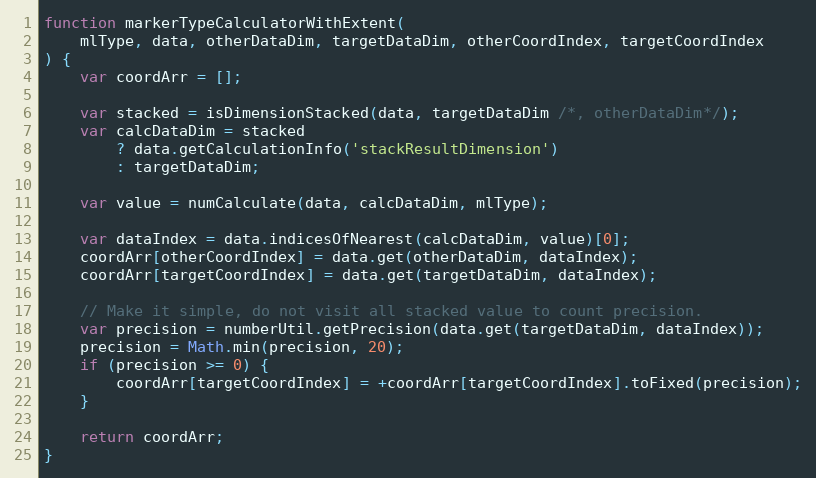
Language: JavaScript
function markerTypeCalculatorWithExtent(
    mlType, data, otherDataDim, targetDataDim, otherCoordIndex, targetCoordIndex
) {
    var coordArr = [];

    var stacked = isDimensionStacked(data, targetDataDim /*, otherDataDim*/);
    var calcDataDim = stacked
        ? data.getCalculationInfo('stackResultDimension')
        : targetDataDim;

    var value = numCalculate(data, calcDataDim, mlType);

    var dataIndex = data.indicesOfNearest(calcDataDim, value)[0];
    coordArr[otherCoordIndex] = data.get(otherDataDim, dataIndex);
    coordArr[targetCoordIndex] = data.get(targetDataDim, dataIndex);

    // Make it simple, do not visit all stacked value to count precision.
    var precision = numberUtil.getPrecision(data.get(targetDataDim, dataIndex));
    precision = Math.min(precision, 20);
    if (precision >= 0) {
        coordArr[targetCoordIndex] = +coordArr[targetCoordIndex].toFixed(precision);
    }

    return coordArr;
}